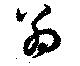
翁